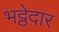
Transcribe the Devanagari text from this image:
भट्ठेदार